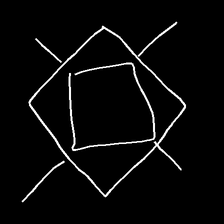
Glyph: light